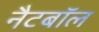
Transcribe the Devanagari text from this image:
नैटबॉल